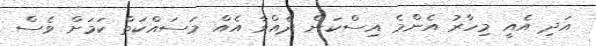
އަދި އެއީ މިހާރު އެންމެ އިސްކަން ދެއްވާ އެއް މަސައްކަތް ކަމަށް ވެސް